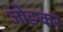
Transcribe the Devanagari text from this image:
जोङकर